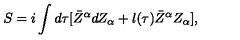
S = i \int d \tau [ \bar { Z } ^ { \alpha } d Z _ { \alpha } + l ( \tau ) \bar { Z } ^ { \alpha } Z _ { \alpha } ] ,